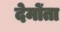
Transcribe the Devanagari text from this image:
देमोंता